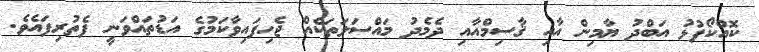
ކޮއްކޯފުޅު އަބްދު ޔާމިން އާއި ޤާސިމްއާއި ދެމެދު މައްސަލަތަކެއް ޖެހިފައިވާކަމުގެ އަޑުތައްވަނީ ފެތުރިފައެވެ.